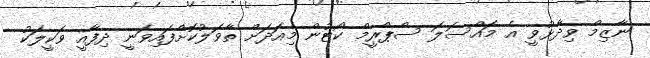
ނާޒިމް ވިދާޅުވީ އެ މައްސަލަ ސްޕްރީމް ކޯޓުން މިއަދަށް ތާވަލުކޮށްފައިވަނީ ދިފާއީ ވަކީލަކު